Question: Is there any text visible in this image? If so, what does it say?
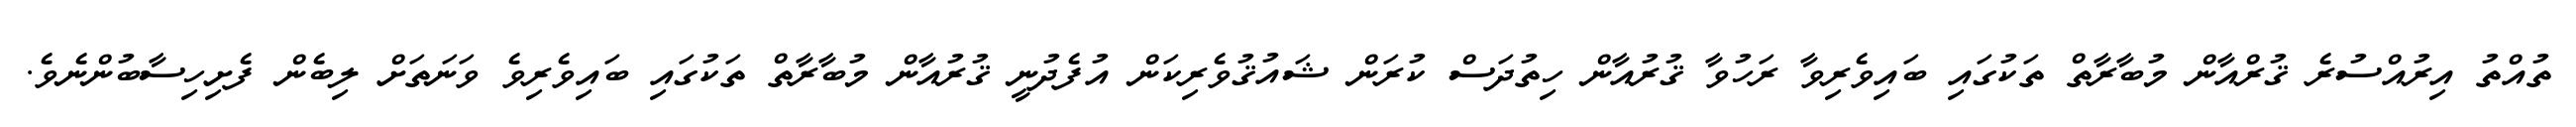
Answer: ތުއްތު އިރުއްސުރެ ޤުރްއާން މުބާރާތް ތަކުގައި ބައިވެރިވާ ރަހުވާ ޤުރުއާން ހިތުދަސް ކުރަން ޝައުޤުވެރިކަން އުފެދުނީ ޤުރުއާން މުބާރާތް ތަކުގައި ބައިވެރިވެ ވަނަތަށް ލިބެން ފެށިހިސާބުންނެވެ.